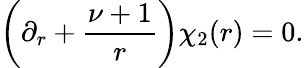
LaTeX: \left(\partial_{r}+\frac{\nu+1}{r}\right)\chi_{2}(r)=0.